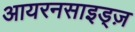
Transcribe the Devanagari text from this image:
आयरनसाइड्ज़